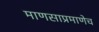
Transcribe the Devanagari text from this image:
माणसाप्रमाणेच